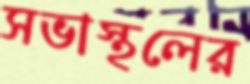
সভাস্থলের